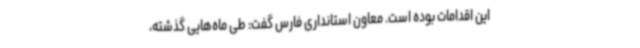
این اقدامات بوده است. معاون استانداری فارس گفت: طی ماه‌هایی گذشته،